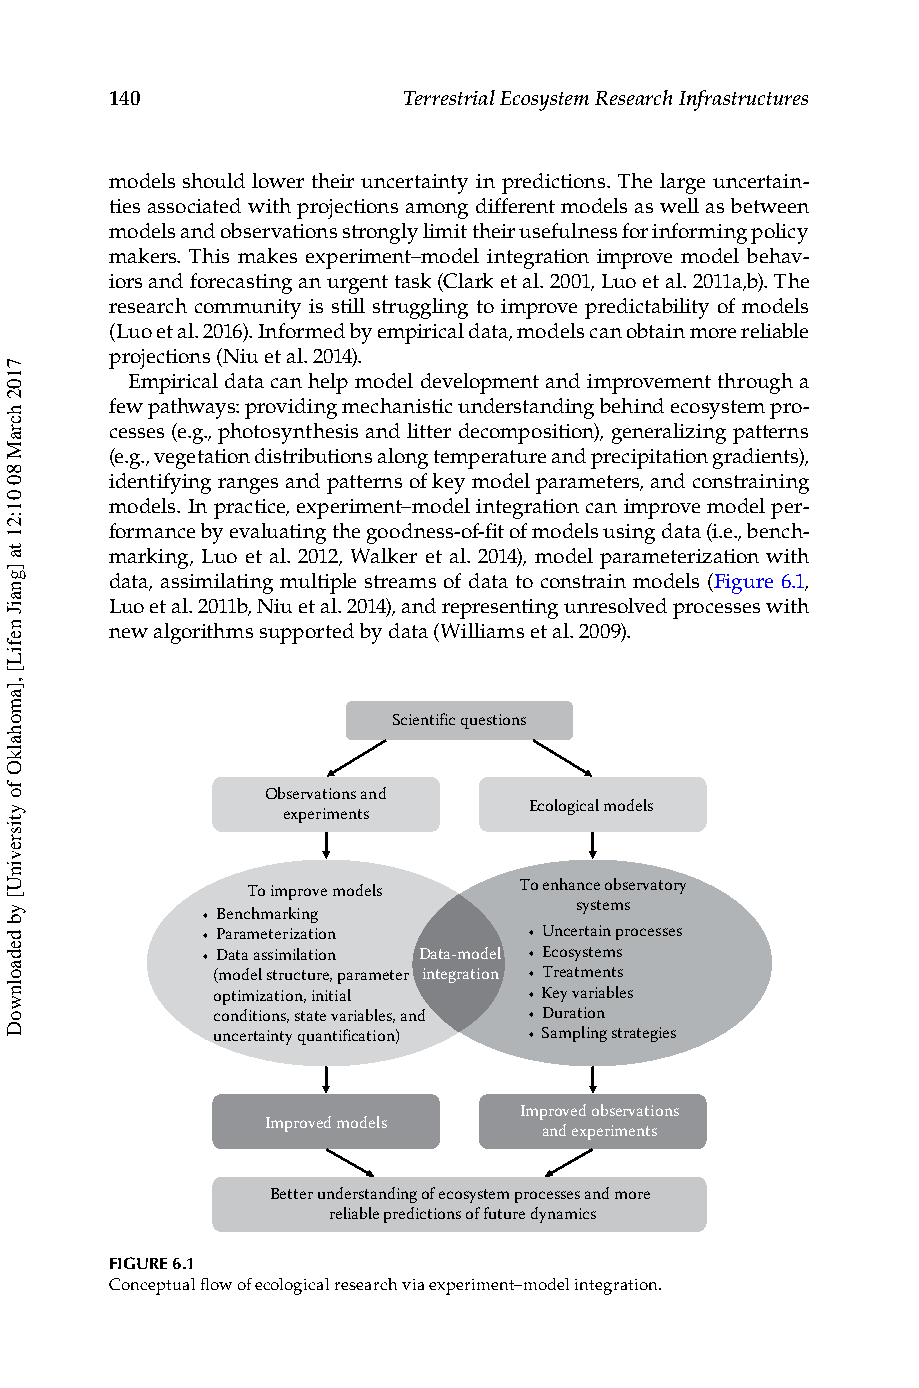
140                 Terrestrial Ecosystem Research Infrastructures
 models should lower their uncertainty in predictions. The large uncertain-
 ties associated with projections among different models as well as between
 models and observations strongly limit their usefulness for informing policy
 makers. This makes experiment–model integration improve model behav-
 iors and forecasting an urgent task (Clark et al. 2001, Luo et al. 2011a,b). The
 research community is still struggling to improve predictability of models
 (Luo et al. 2016). Informed by empirical data, models can obtain more reliable
 projections (Niu et al. 2014).
 Empirical data can help model development and improvement through a
 few pathways: providing mechanistic understanding behind ecosystem pro-
 cesses (e.g., photosynthesis and litter decomposition), generalizing patterns
 (e.g., vegetation distributions along temperature and precipitation gradients),
 identifying ranges and patterns of key model parameters, and constraining
 models. In practice, experiment–model integration can improve model per-
 formance by evaluating the goodness-of-fit of models using data (i.e., bench-
 marking, Luo et al. 2012, Walker et al. 2014), model parameterization with
 data, assimilating multiple streams of data to constrain models (Figure 6.1,
 Luo et al. 2011b, Niu et al. 2014), and representing unresolved processes with
 new algorithms supported by data (Williams et al. 2009).
 Scientific questions
 Observations a nd
 Ecological models
 experiments
 To improve models To enhance observatory
 systems
 • Benchmarking
 • Parameterization    • Uncertain processes
 • Data assimilation Data-model • Ecosystems
 (model structure, parameter integration • Treatments
 optimization, initial • Key variables
 conditions, state variables, and • Duration
 uncertainty quantification) • Sampling strategies
 Improved observations
 Improved models
 and experiments
 Better understanding of ecosystem processes and more
 reliable predictions of future dynamics
 FIGURE 6.1
 Conceptual flow of ecological research via experiment–model integration.
 7102
 hcraM
 80
 01:21
 ta
 ]gnaiJ
 nefiL[
 ,]amohalkO
 fo
 ytisrevinU[
 yb
 dedaolnwoD